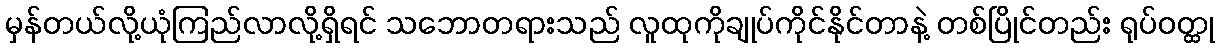
မှန်တယ်လို့ယုံကြည်လာလို့ရှိရင် သဘောတရားသည် လူထုကိုချုပ်ကိုင်နိုင်တာနဲ့ တစ်ပြိုင်တည်း ရုပ်ဝတ္ထု